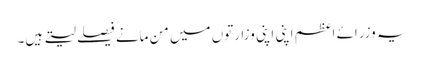
یہ وزرائے اعظم اپنی اپنی وزارتوں میں من مانے فیصلے لیتے ہیں۔